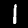
Label: 1